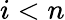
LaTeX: i<n